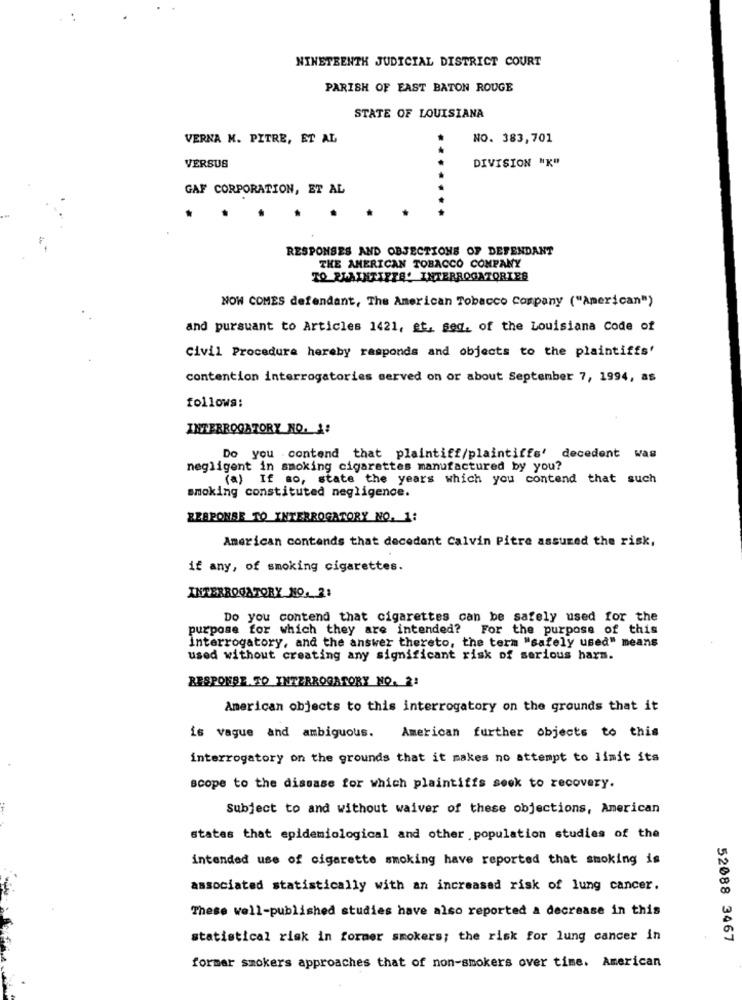
NINETEENTH JUDICIAL DISTRICT COURT
PARISH OF EAST BATON ROUGE
STATE OF LOUISIANA
VERNA M. PITRE, ET AL
NO. 383,701
DIVISION "K"
VERSUS
GAF CORPORATION, ET AL
RESPONSES AND OBJECTIONS OF DEFENDANT
THE AMERICAN TOBACCO COMPANY
TO PLAINTIFFĄ' INTERROGATORIES
NOW COMES defendant, The American Tobacco Company ("American")
and pursuant to Articles 1421, et. seq. of the Louisiana Code of
Civil Procedure hereby responds and objects to the plaintiffs'
contention interrogatories served on or about September 7, 1994, as
follows:
INTERROGATORY NO. 1:
Do you contend that plaintiff/plaintiffs' decedent was
negligent in smoking cigarettes manufactured by you?
(a) If so, state the years which you contend that such
smoking constituted negligence.
RESPONSE TO INTERROGATORY NO. 1:
American contends that decedent Calvin Pitre assured the risk,
if any, of smoking cigarettes.
INTERROGATORY NO. 2:
Do you contend that cigarettes can be safely used for the
purpose for which they are intended? For the purpose of this
Interrogatory, and the answer thereto, the term "safely used" means
used without creating any significant risk of serious harm.
RESPONSE TO INTERROGATORY NO. 2:
American objects to this interrogatory on the grounds that it
is vague and ambiguous.
American further objects to this
interrogatory on the grounds that it makes no attempt to limit its
scope to the dissase for which plaintitis sook to recovery.
Subject to and without waiver of these objections, American
states that epidemiological and other population studies of the
intended use of cigarette smoking have reported that smoking is
associated statistically with an increased risk of lung cancer.
These well-published studies have also reported a decrease in this
statistical risk in former smokers; the risk for lung cancer in
52088 3467
former smokers approaches that of non-smokers over time. American